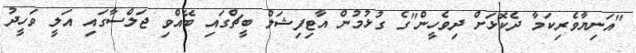
"އަނިޔާވެރިކަމާ ދެކޮޅަށް ދިވެހީން"ގެ ގުޅުމުން އާޓިފިޝަލް ބީޗްގައި ބޭއްވި ޖަލްސާގައި އަލީ ވަހީދު